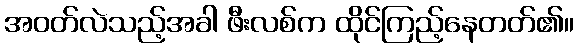
အဝတ်လဲသည့်အခါ ဖီးလစ်က ထိုင်ကြည့်နေတတ်၏။